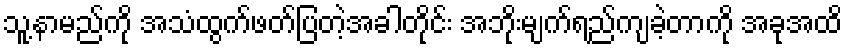
သူ့နာမည်ကို အသံထွက်ဖတ်ပြတဲ့အခါတိုင်း အဘိုးမျက်ရည်ကျခဲ့တာကို အခုအထိ